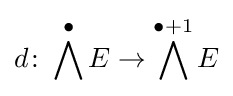
d\colon \bigwedge ^{\bullet }E\rightarrow \bigwedge ^{\bullet +1}E